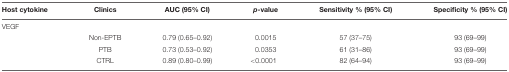
| Host cytokine | Clinics | AUC (95% CI) | p-value | Sensitivity % (95% CI) | Specificity % (95% CI) |
 | --- | --- | --- | --- | --- | --- |
 | VEGF |  |  |  |  |  |
 |  | Non-EPTB | 0.79 (0.65–0.92) | 0.0015 | 57 (37–75) | 93 (69–99) |
 |  | PTB | 0.73 (0.53–0.92) | 0.0353 | 61 (31–86) | 93 (69–99) |
 |  | CTRL | 0.89 (0.80–0.99) | <0.0001 | 82 (64–94) | 93 (69–99) |